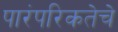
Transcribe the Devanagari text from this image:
पारंपरिकतेचे